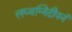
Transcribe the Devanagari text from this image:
लघ्वग्निदीपनं